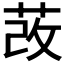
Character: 𦰦